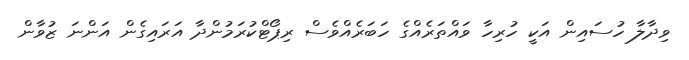
ވިދާލާ ހުސައިން އަކީ ހުރިހާ ވައްތަރެއްގެ ހަބަރެއްވެސް ރިޕޯޓްކުރަމުންދާ އަރައިގެން އަންނަ ޒުވާން